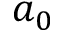
a _ { 0 }